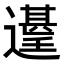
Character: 𮟑